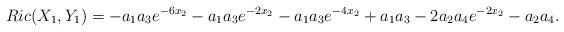
LaTeX: \begin{align*} Ric(X_1,Y_1)= -a_1a_3e^{-6x_2}-a_1a_3e^{-2x_2} -a_1a_3e^{-4x_2} + a_1a_3- 2a_2 a_4 e^{-2 x_2} - a_2a_4.\end{align*}